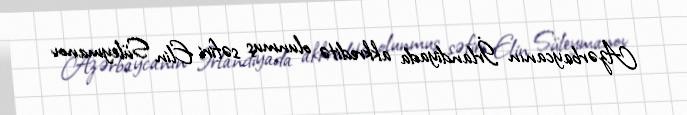
Azərbaycanın İrlandiyada akkreditə olunmuş səfiri Elin Süleymanov